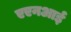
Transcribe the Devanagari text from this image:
एएनआई